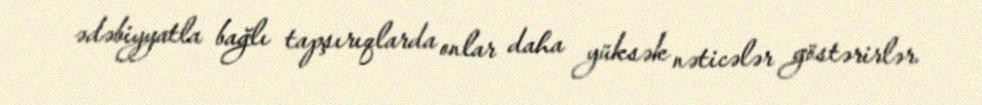
ədəbiyyatla bağlı tapşırıqlarda onlar daha yüksək nəticələr göstərirlər.